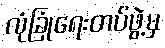
လုံခြုံရေးတပ်ဖွဲ့မှ